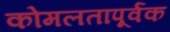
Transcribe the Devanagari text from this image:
कोमलतापूर्वक